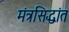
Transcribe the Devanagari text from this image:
मंत्रसिद्धांत